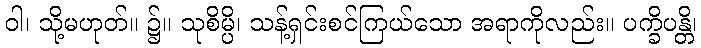
ဝါ၊ သို့မဟုတ်။ ၌။ သုစိမ္ပိ၊ သန့်ရှင်းစင်ကြယ်သော အရာကိုလည်း။ ပက္ခိပန္တိ၊